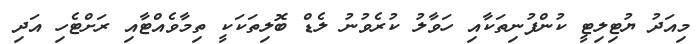
މިއަދު ޔުޓިލިޓީ ކުންފުނިތަކާއި ހަވާލު ކުރެވުނު ލެޑް ބޮލިތަކަކީ ތިމާވެއްޓާއި ރަށްޓެހި އަދި